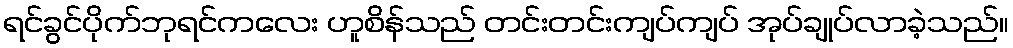
ရင်ခွင်ပိုက်ဘုရင်ကလေး ဟူစိန်သည် တင်းတင်းကျပ်ကျပ် အုပ်ချုပ်လာခဲ့သည်။